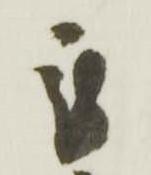
被